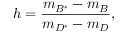
h = \frac { m _ { B ^ { * } } - m _ { B } } { m _ { D ^ { * } } - m _ { D } } , \nonumber